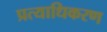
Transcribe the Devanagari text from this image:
प्रत्याधिकरण